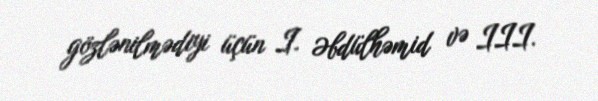
gözlənilmədiyi üçün I. Əbdülhəmid və III.